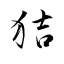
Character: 狤